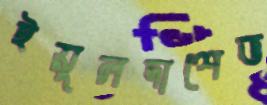
ইয়ুলদাশেভ